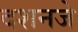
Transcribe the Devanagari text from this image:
दशनजे